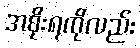
အစိုးရကိုလည်း